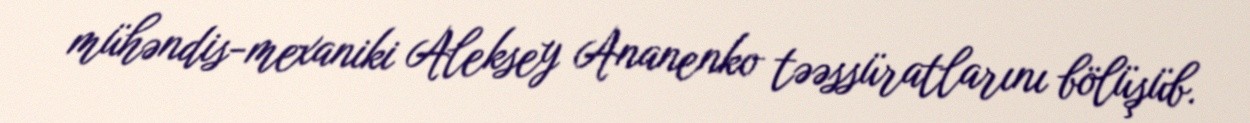
mühəndis-mexaniki Aleksey Ananenko təəssüratlarını bölüşüb.